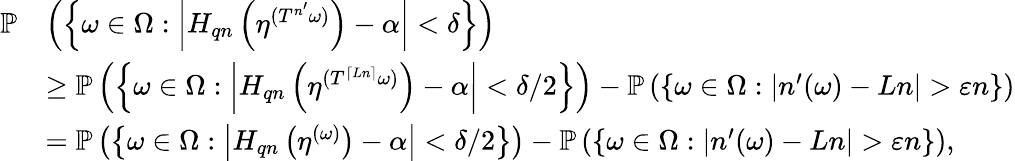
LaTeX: \begin{array}{rl}{\mathbb P}&{\left(\left\{ \omega\in\Omega:\left|H_{qn}\left(\eta^{(T^{n^{\prime}}\omega)}\right)-\alpha\right|<\delta\right\} \right)}\\ &{\geq\mathbb P\left(\left\{ \omega\in\Omega:\left|H_{qn}\left(\eta^{(T^{\lceil Ln\rceil}\omega)}\right)-\alpha\right|<\delta/2\right\} \right)-\mathbb P\left(\left\{ \omega\in\Omega:|n^{\prime}(\omega)-Ln|>\varepsilon n\right\} \right)}\\ &{=\mathbb P\left(\left\{ \omega\in\Omega:\left|H_{qn}\left(\eta^{(\omega)}\right)-\alpha\right|<\delta/2\right\} \right)-\mathbb P\left(\left\{ \omega\in\Omega:|n^{\prime}(\omega)-Ln|>\varepsilon n\right\} \right),}\end{array}